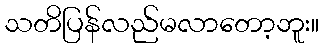
သတိပြန်လည်မလာတော့ဘူး။